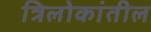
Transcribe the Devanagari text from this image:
त्रिलोकांतील